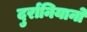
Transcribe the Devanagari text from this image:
दुर्रानियानो